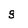
Character: g